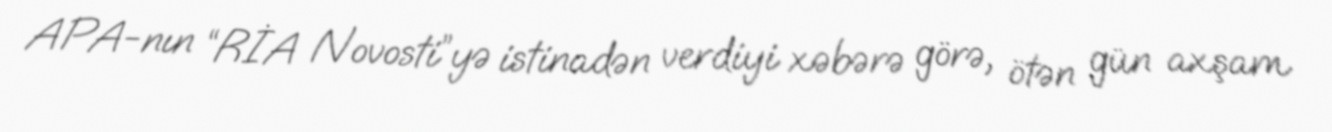
APA-nın “RİA Novosti”yə istinadən verdiyi xəbərə görə, ötən gün axşam